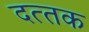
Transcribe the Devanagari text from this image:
दत्‍तक